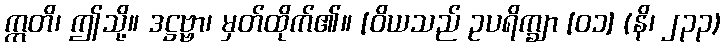
ဣတိ၊ ဤသို့။ ဒဋ္ဌဗ္ဗာ၊ မှတ်ထိုက်၏။ [ဝိယသည် ဥပရိက္ချာ [၀၁] (နိ၊ ၂၃၃)